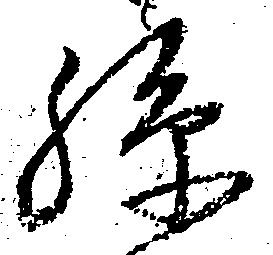
孫